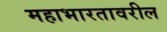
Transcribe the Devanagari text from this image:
महाभारतावरील